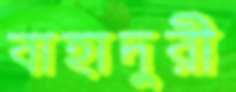
বাহাদুরী